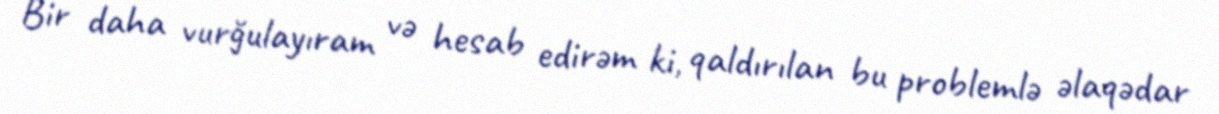
Bir daha vurğulayıram və hesab edirəm ki, qaldırılan bu problemlə əlaqədar